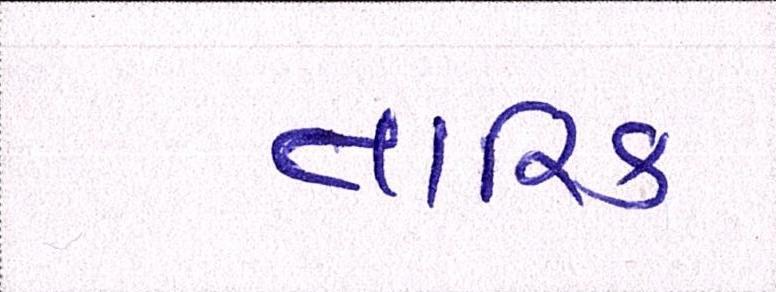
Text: તારિક